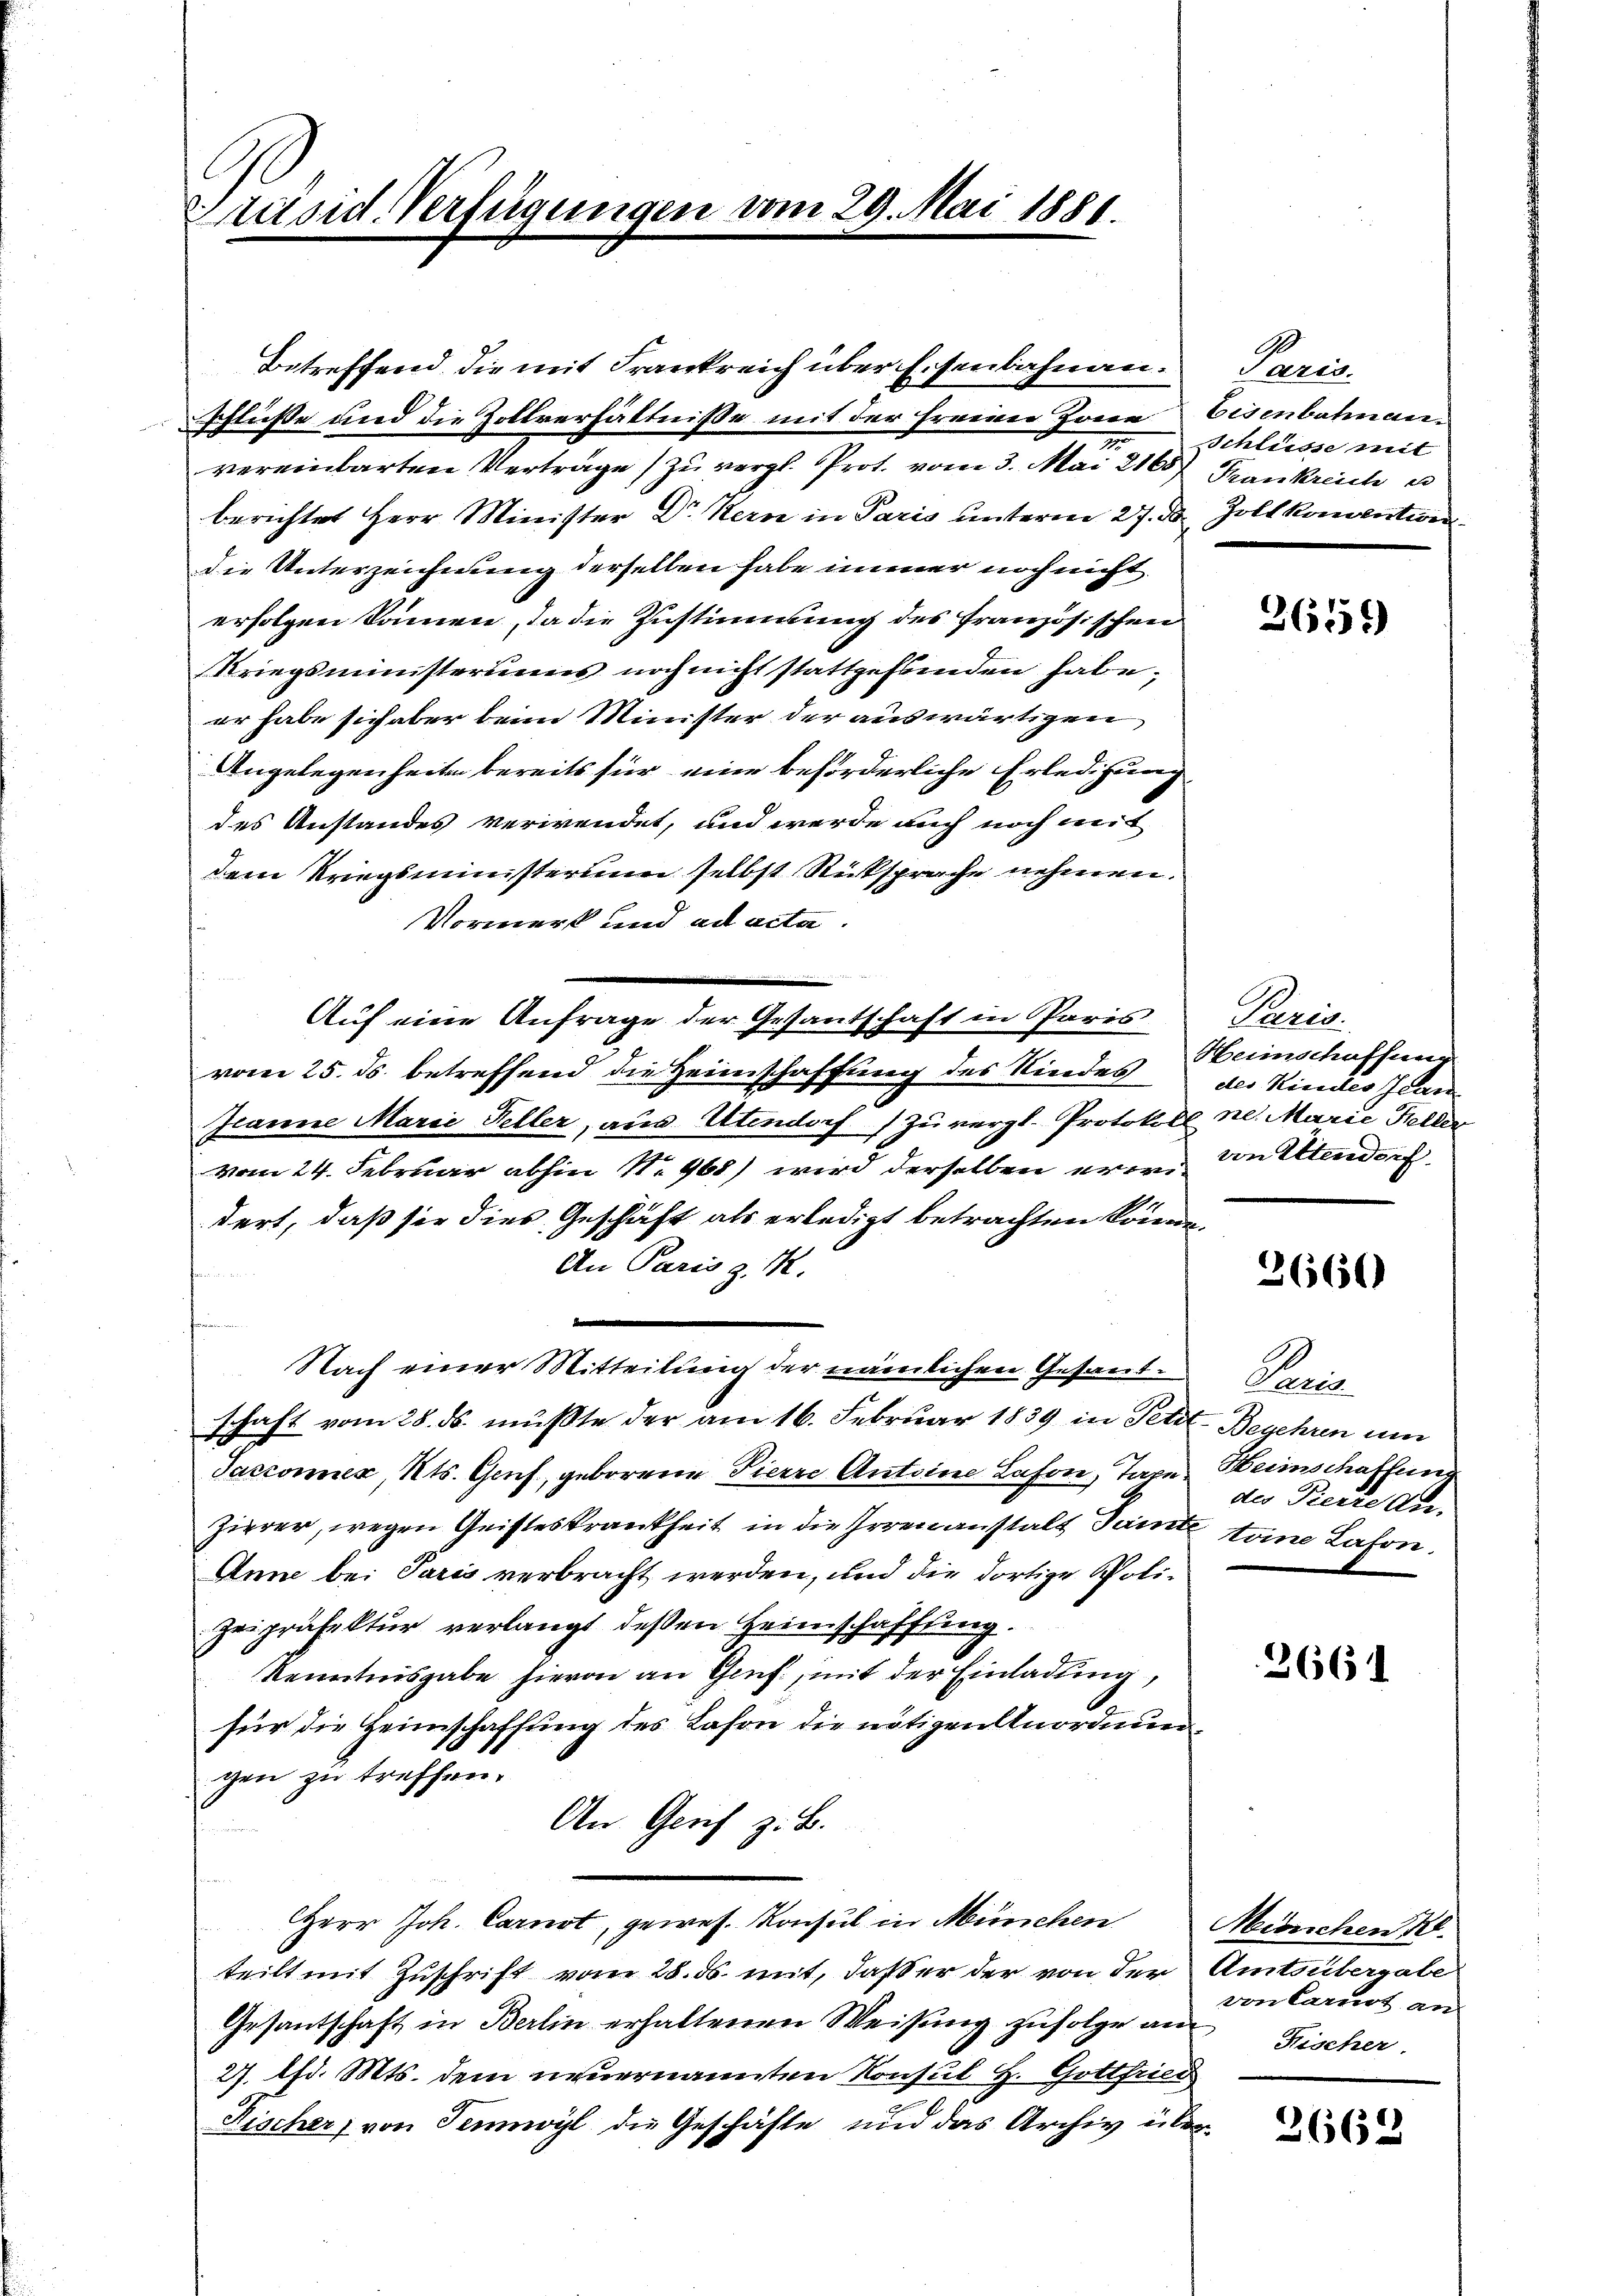
Präsid. Verfügungen vom 29. Mai 1881.

Betreffend die mit Frankreich über Eisenbahnen. Paris
schlüße und die Zollverhältniße mit der freien Zone Eisenbahnan¬
2
vereinbarten Vertrage zu vergl. Prot. vom 3. Mai 216. Frankreich e
berichtet Herr Minister Dr Kern in Paris unterm 27. d. Zollkomention
die Unterzeichnung derselben habe immer noch nicht
erfolgen können, da die Zustimmung des französischen
Kriegsministeriums noch nicht stattgeffinden habe;
er habe sich aber beim Minister der auswärtigen
Angelegenheiten bereits für eine beförderliche Erledigung
des Anstandes verwendet, und werde auch noch mit
dem Kriegsministerium selbst Rücksprache nehmen.
Vormerk und ad acta.
vom 25. ds. betreffend die Heimschaffung des Kindes
Jeanne Marie Heller, aus Utendorf (Zuvergl. Protokoll ne. Marie Feller
vom 24. Februar abhin Nr. 968) wird derselben er von Altendorf
dert, daß sie dies Geschäft als erledigt betrachten könne.
An Paris z. R.
Nach einer Mitteilung der nämlichen Gesandschaft vom 28. ds. müßte der am 16. Februar 1839 in Petit-Begehren um
Jackoner, Kts. Genf, geborene Pierre Antoine Lason, Taxe.
Zierer, wegen Geisteskrankheit in die Irrenanstalt Saite toine Lason.
Anne bei Paris verbracht werden, und die dortige Poli¬
Zeipräfektur verlangt dessen Heimschafftung.
Kenntnisgabe hievon an Genf, mit der Einladung,
für die Heimschaffung des Lason die nötigen Anordnungen zu treffen.
An Genf z. B.
HHerr Joh. Carnst, gewes. Konsul in München
teilt mit Zuschrift vom 28. ds. mit, daß er der von der Amtsübergabe
Gesantschaft in Berlin erhaltenen Weisung zufolge auf Fischer
27. lfd. Mts. dem neuernannten Konsul H. Gottfried
Rischer, von Tenwyl die Geschäfte und das Archiv über

Auf eine Anfrage der Gesantschaft in Paris

Schlüsse mit

2651)

Paris.
Heimschaffung
des Kindes Jean

3660

Pac
Heimschaffung
des Pierre An-

3661

Miörichen Kl
von Carust an

2662